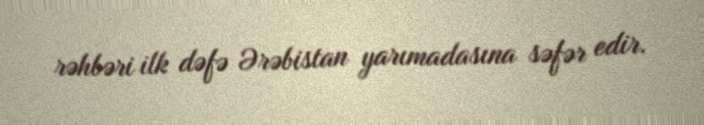
rəhbəri ilk dəfə Ərəbistan yarımadasına səfər edir.